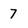
Character: 7